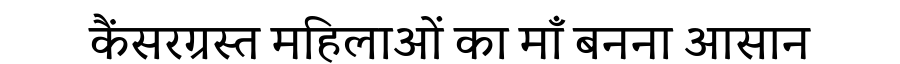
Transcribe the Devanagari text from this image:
कैंसरग्रस्त महिलाओं का माँ बनना आसान